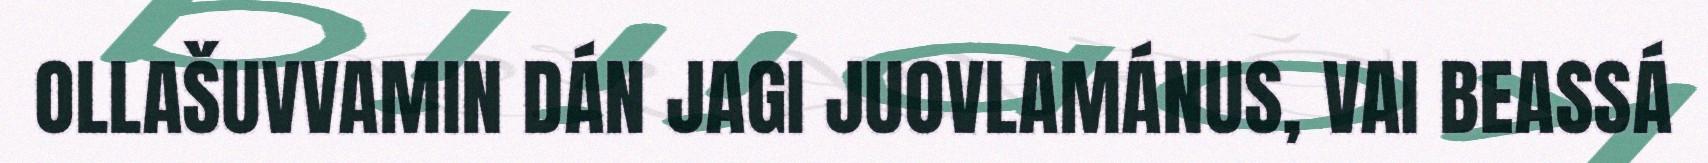
OLLAŠUVVAMIN DÁN JAGI JUOVLAMÁNUS, VAI BEASSÁ